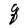
Character: q